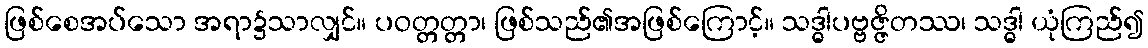
ဖြစ်စေအပ်သော အရာ၌သာလျှင်။ ပဝတ္တတ္တာ၊ ဖြစ်သည်၏အဖြစ်ကြောင့်။ သဒ္ဓါပဗ္ဗဇ္ဇိတဿ၊ သဒ္ဓါ ယုံကြည်၍